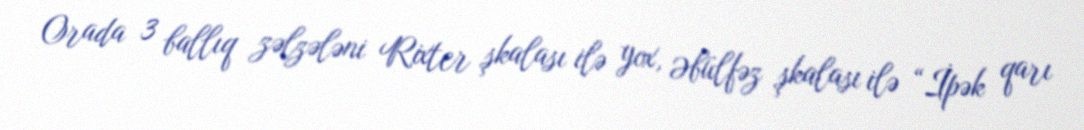
Orada 3 ballıq zəlzələni Rixter şkalası ilə yox, Əbülfəz şkalası ilə “İpək qarı